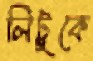
লিটুকে